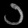
Digit: ၁